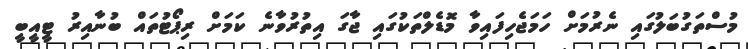
މުސްތަގުބަލުގައި ނެރުމަށް ހަމަޖެހިފައިވާ މޮޑެލްތަކުގައި ޖާގަ އިތުރުވާނެ ކަމަށް ރިޕޯޓުތައް ބުނާއިރު ޓީއީބީ